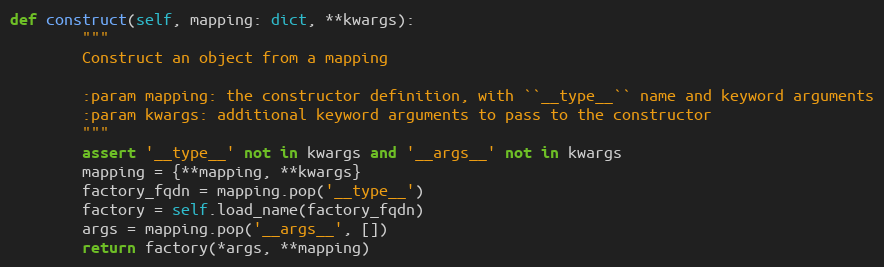
Language: Python
def construct(self, mapping: dict, **kwargs):
        """
        Construct an object from a mapping

        :param mapping: the constructor definition, with ``__type__`` name and keyword arguments
        :param kwargs: additional keyword arguments to pass to the constructor
        """
        assert '__type__' not in kwargs and '__args__' not in kwargs
        mapping = {**mapping, **kwargs}
        factory_fqdn = mapping.pop('__type__')
        factory = self.load_name(factory_fqdn)
        args = mapping.pop('__args__', [])
        return factory(*args, **mapping)